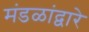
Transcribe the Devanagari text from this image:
मंडळांद्वारे